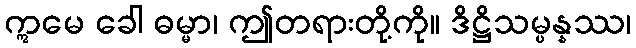
ဣမေ ခေါ ဓမ္မာ၊ ဤတရားတို့ကို။ ဒိဋ္ဌိသမ္ပန္နဿ၊